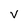
Character: V